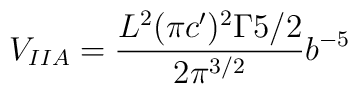
V_{IIA}=\frac{L^2(\pi c')^2 \Gamma{5/2}}{2\pi^{3/2}}b^{-5}